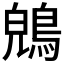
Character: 𪁤